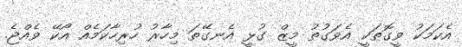
އެކަމަކު ވީގޮތަކީ އެވަގުތު މީޒް ގުޅީ އެނގޭތަ މިހާރު ހުރިހާކަމެއް އޯކޭ ވެއްޖެ.